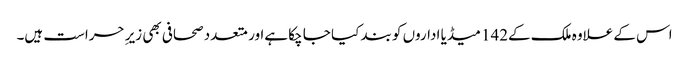
اس کے علاوہ ملک کے142 میڈیا اداروں کو بند کیا جا چکا ہےاور متعدد صحافی بھی زیرِ حراست ہیں۔